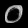
Digit: ၀